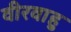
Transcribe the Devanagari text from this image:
वीरवाहु